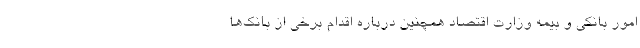
امور بانکی و بیمه وزارت اقتصاد همچنین درباره اقدام برخی از بانک‌ها